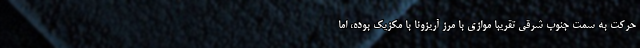
حرکت به سمت جنوب شرقی تقریبا موازی با مرز آریزونا با مکزیک بوده، اما